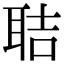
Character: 聐